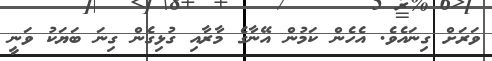
ވަރަށް ގިނައެވެ. އެހެން ކަމުން އޭނާގެ މާރާއި ގުޅިގެން ގިނަ ބަޔަކު ވަނީ